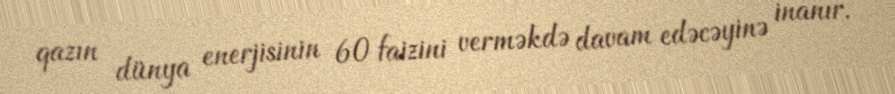
qazın dünya enerjisinin 60 faizini verməkdə davam edəcəyinə inanır.